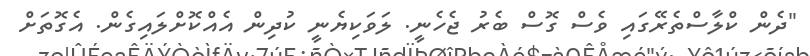
"ދެން ކްލާސްތެރޭގައި ވެސް ގޮސް ބެރު ޖެހެނީ. ލަވަކިޔެނީ ކުދިން އެއްކޮށްލައިގެން. އެގޮތަށް